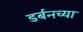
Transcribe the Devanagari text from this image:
डर्बनच्या